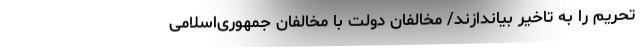
تحریم را به تاخیر بیاندازند/ مخالفان دولت با مخالفان جمهوری‌اسلامی